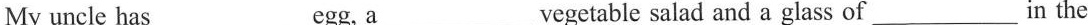
My umcle has___egg, a___vegetable salad and a glass of___ in the